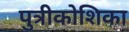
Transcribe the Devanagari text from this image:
पुत्रीकोशिका